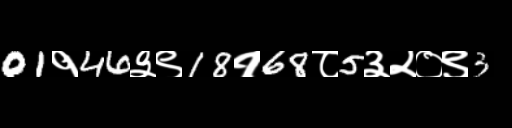
Text: 01१46३९18१68८5३२०९3